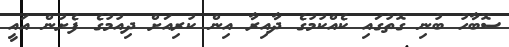
ސޮބާހު ބުނި ގޮތުގައި ކެއްކުމުގެ ދާއިރާ އިން ކުރިއަށް ދިއުމުގެ ފެށުން އައީ